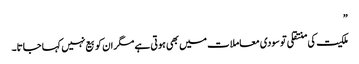
”
ملکیت کی منتقلی تو سودی معاملات میں بھی ہوتی ہے مگر ان کو بیع نہیں کہا جاتا۔